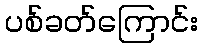
ပစ်ခတ်ကြောင်း